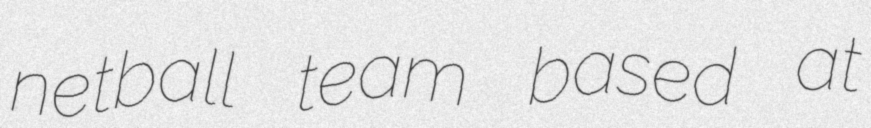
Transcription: netball team based at